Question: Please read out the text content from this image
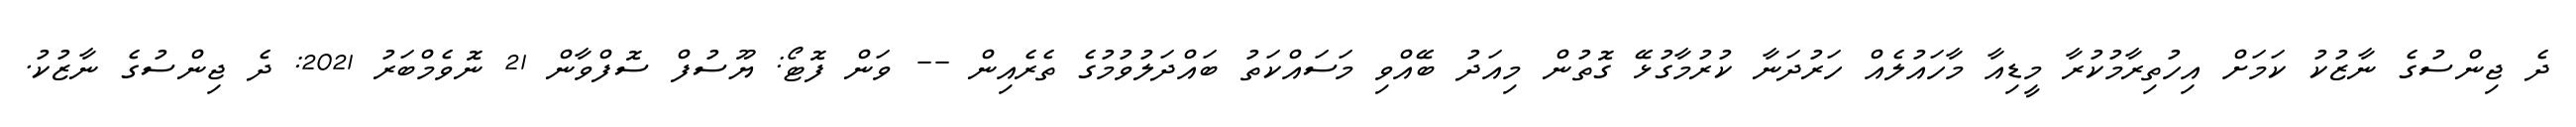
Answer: ދެ ޖިންސުގެ ނާޒުކު ކަމަށް އިހުތިރާމުކުރާ މީޑިއާ މާހައުލެއް ހަރުދަނާ ކުރުމާގުޅޭ ގޮތުން މިއަދު ބޭއްވި މަސައްކަތު ބައްދަލުވުމުގެ ތެރެއިން -- ވަން ފޮޓޯ: ޔޫސުފް ސޮފްވާން 21 ނޮވެމްބަރު 2021: ދެ ޖިންސުގެ ނާޒުކު.